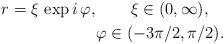
LaTeX: \begin{align*}r=\xi\,\exp i\,\varphi, \ \ \ \ \ \ \xi \in (0,\infty ), \ \ \ \\ \varphi \in (-3\pi /2,\pi /2).\end{align*}